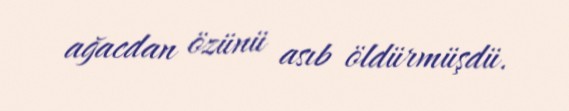
ağacdan özünü asıb öldürmüşdü.